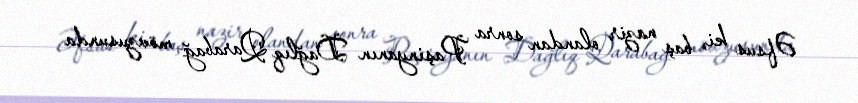
Əfsus ki, baş nazir olandan sonra Paşinyanın Dağlıq Qarabağ mövzusunda